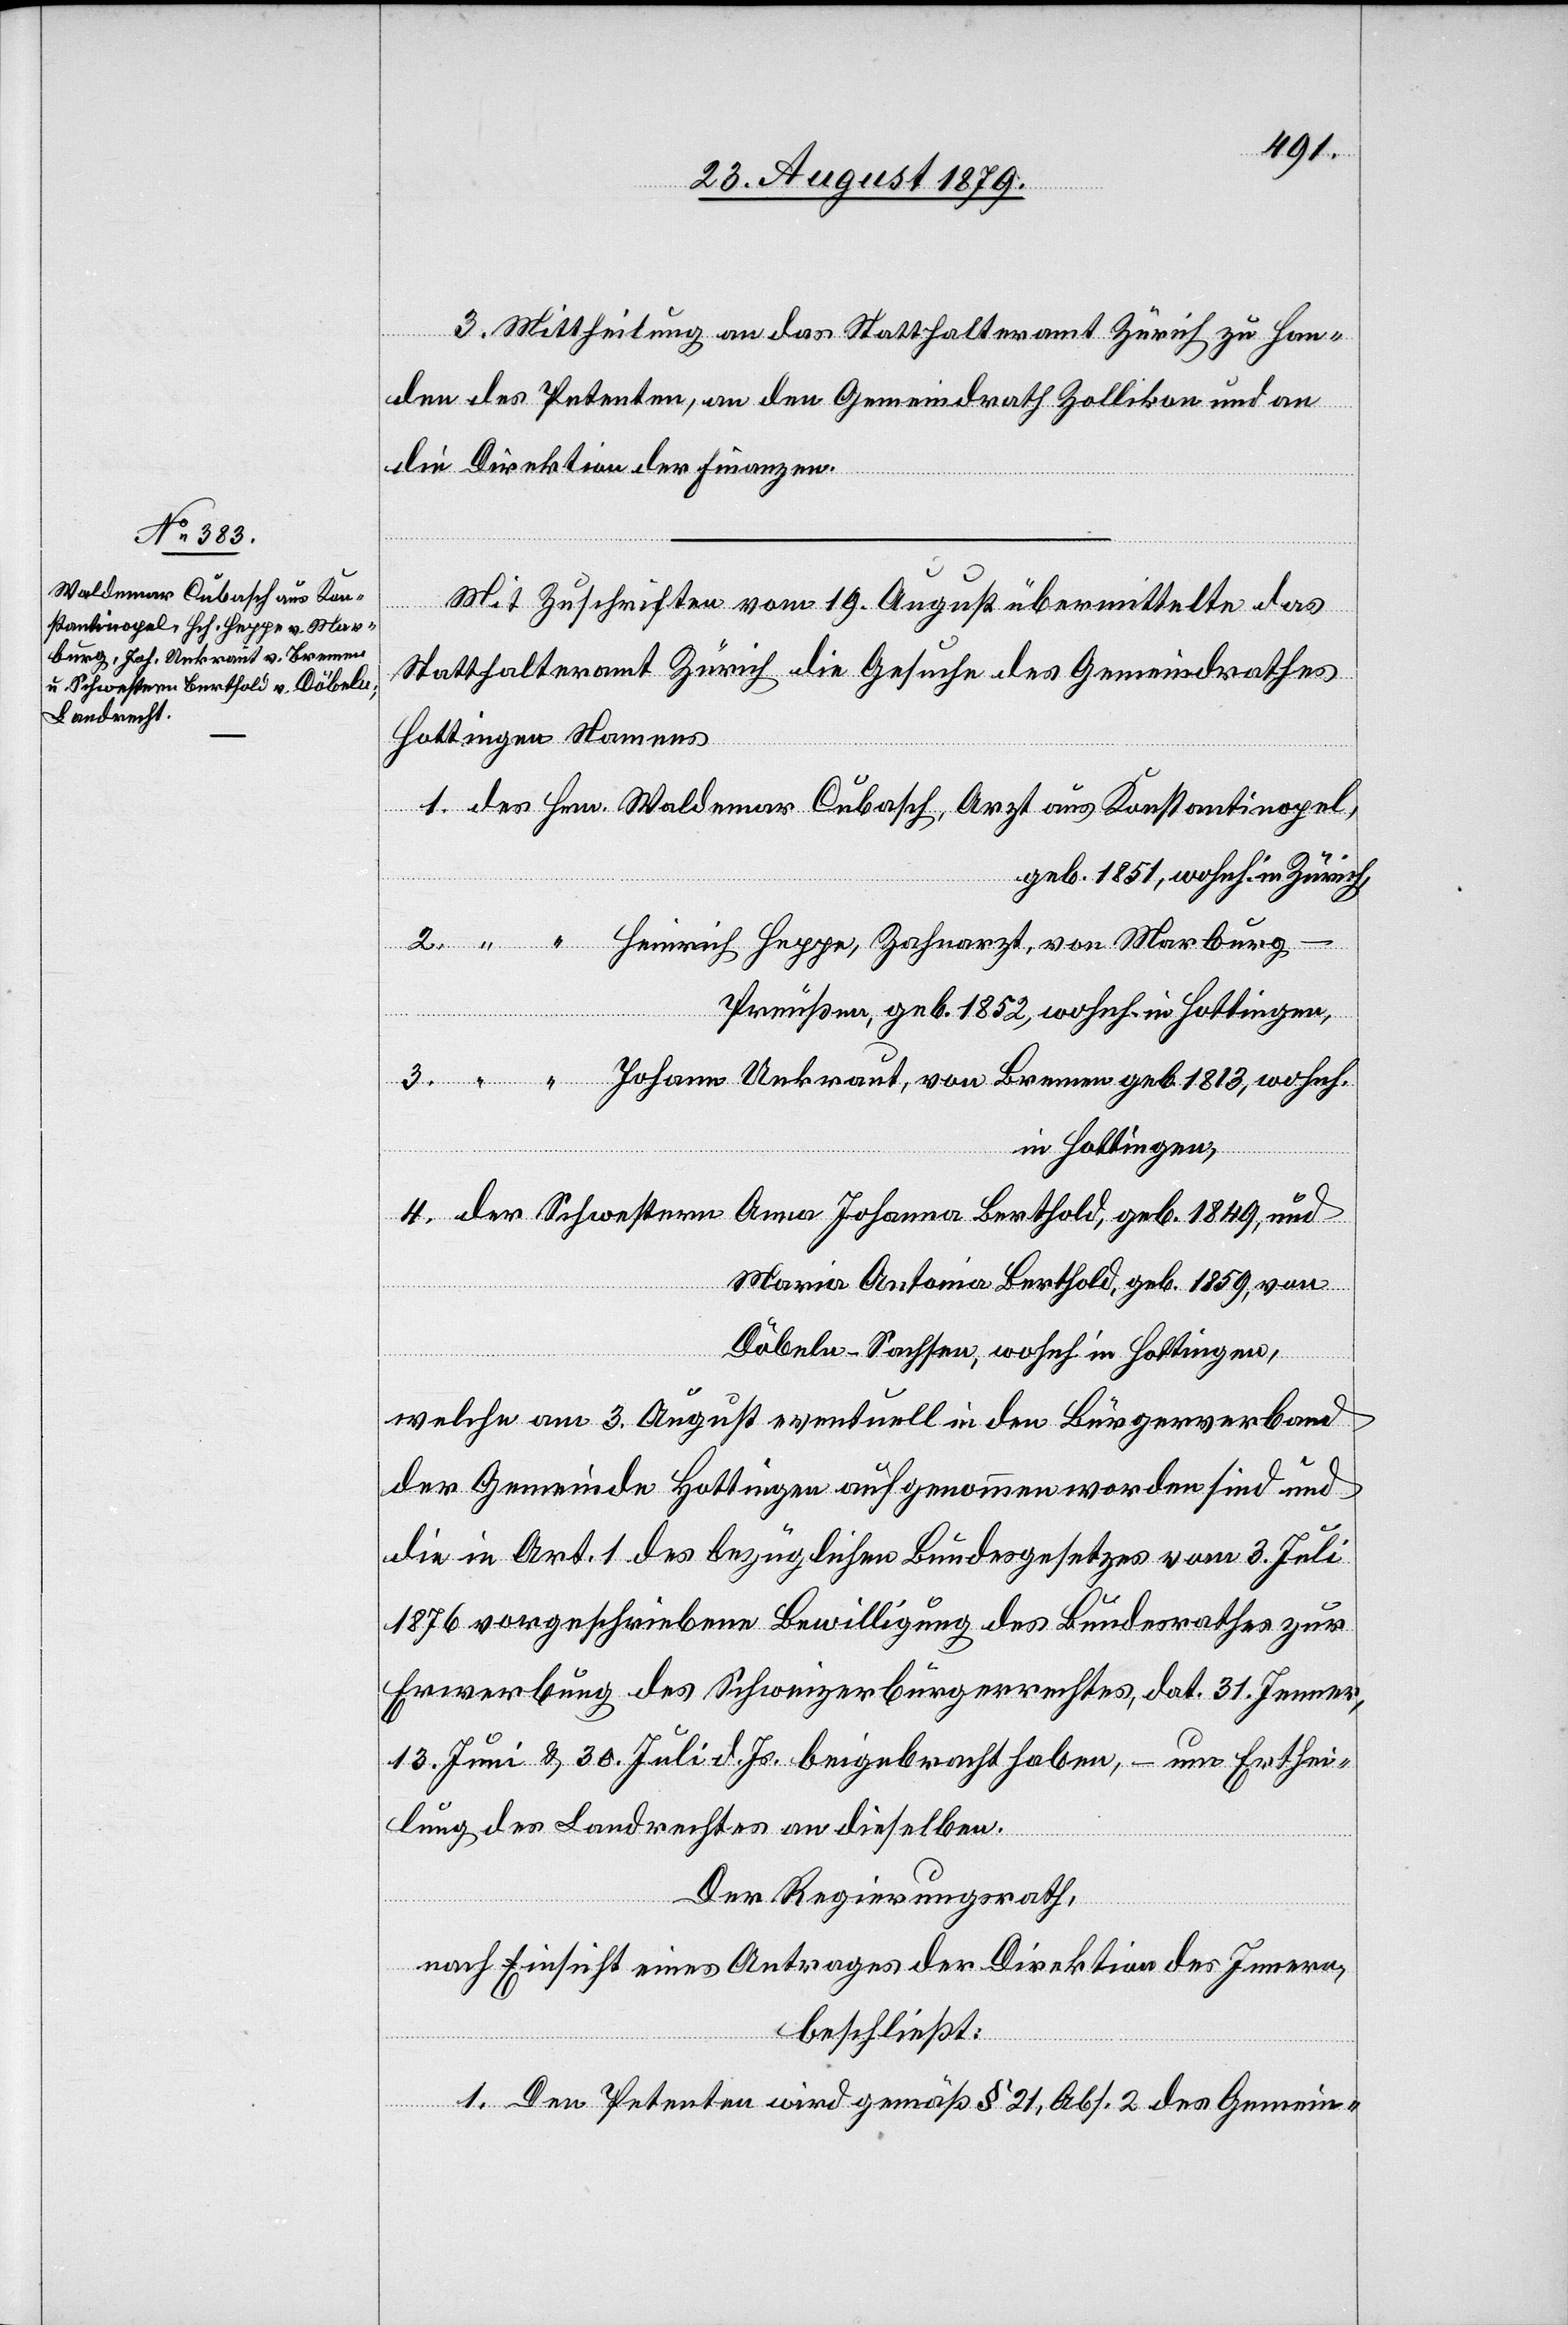
3. Mittheilung an das Statthalteramt Zürich zu Han¬
den des Petenten, an den Gemeindrath Zollikon und an
die Direktion der Finanzen.
Mit Zuschrift vom 19. August übermittelte das
Statthalteramt Zürich die Gesuche des Gemeindrathes
Hottingen Namens
1. des Hrn. Waldemar Cubasch, Arzt aus Konstantinopel,
geb. 1851, wohnh. in Zürich,
2. “ “ Heinrich Heppe, Zahnarzt, von Marburg
Preußen, geb. 1852, wohnh. in Hottingen,
3. “ “ Johann Unkraut, von Bremen geb. 1813, wohnh.
in Hottingen,
4. der Schwestern Anna Johanna Berthold, geb. 1859, von
Döbeln - Sachsen, wohnh. in Hottingen,
welche am 3. August eventuell in den Bürgerverband
der Gemeinde Hottingen aufgenommen worden sind und
die in Art. 1 des bezüglichen Bundesgesetzes vom 3. Juli
1876 vorgeschriebene Bewilligung des Bundesrathes zur
Erwerbung des Schweizerbürgerrechtes, dat. 31. Jenner,
13. Juni & 30. Juli d. Js. beigebracht haben, – um Erthei¬
lung des Landrechtes an dieselben.
Der Regierungsrath,
nach Einsicht eines Antrages der Direktion des Innern,
beschließt:
1. Den Petenten wird gemäß § 21, Abs. 2 des Gemein-